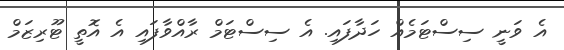
އެ ވަނީ ސިސްޓަމެއް ހަދާފައި. އެ ސިސްޓަމް ރާއްވާފައި އެ އޮތީ ޓޫރިޒަމް